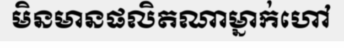
មិនមានផលិតណាម្នាក់ហៅ